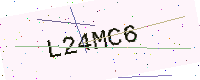
Text: L24MC6